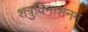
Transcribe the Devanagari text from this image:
शत्रुविनाशनम्